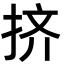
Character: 挤